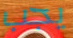
يجب